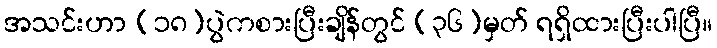
အသင်းဟာ (၁၈)ပွဲကစားပြီးချိန်တွင် (၃၆)မှတ် ရရှိထားပြီးပါပြီ။